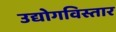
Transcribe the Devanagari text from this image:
उद्योगविस्तार